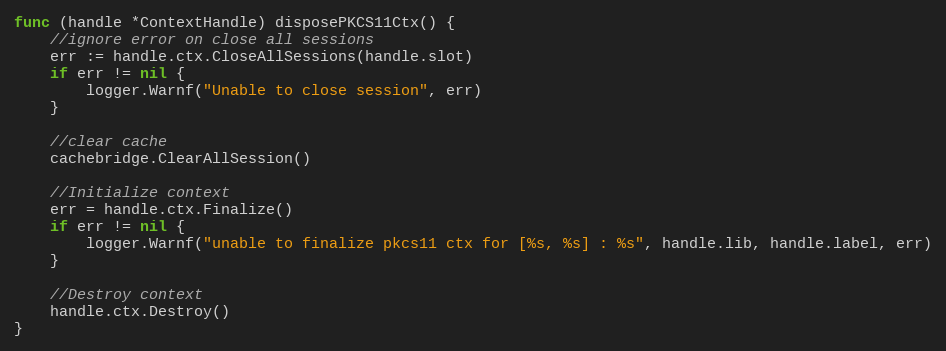
Language: Go
func (handle *ContextHandle) disposePKCS11Ctx() {
	//ignore error on close all sessions
	err := handle.ctx.CloseAllSessions(handle.slot)
	if err != nil {
		logger.Warnf("Unable to close session", err)
	}

	//clear cache
	cachebridge.ClearAllSession()

	//Initialize context
	err = handle.ctx.Finalize()
	if err != nil {
		logger.Warnf("unable to finalize pkcs11 ctx for [%s, %s] : %s", handle.lib, handle.label, err)
	}

	//Destroy context
	handle.ctx.Destroy()
}